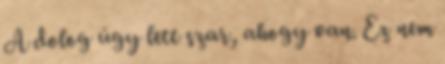
A dolog úgy lett szar, ahogy van. Ez nem